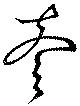
壹